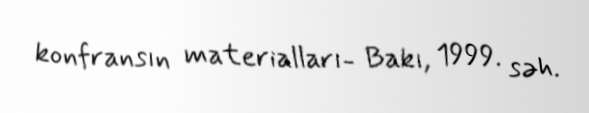
konfransın materialları- Bakı, 1999. səh.